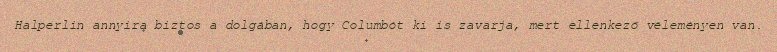
Halperlin annyira biztos a dolgában, hogy Columbót ki is zavarja, mert ellenkező véleményen van.